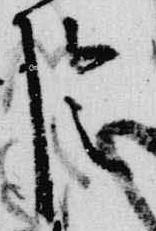
陰